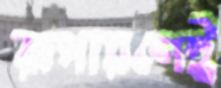
রূপায়ণেই